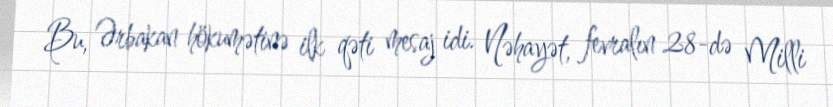
Bu, Ərbakan hökumətinə ilk qəti mesaj idi. Nəhayət, fevralın 28-də Milli